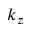
k _ { z }